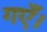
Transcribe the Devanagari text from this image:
गएँ।